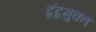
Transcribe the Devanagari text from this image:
द्वंद्वमुक्त